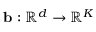
\mathbf { b } : \mathbb { R } ^ { d } \to \mathbb { R } ^ { K }